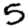
Digit: 5